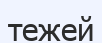
тежей